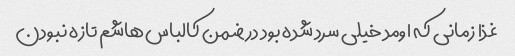
غذا زمانی که اومد خیلی سرد شده بود در ضمن کالباس هاشم تازه نبودن